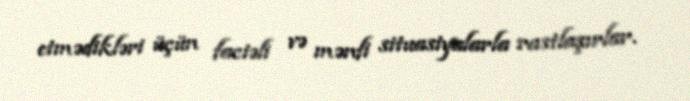
etmədikləri üçün faciəli və mənfi situasiyalarla rastlaşırlar.